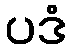
ပဒံ